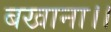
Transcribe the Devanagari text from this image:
बखाना।।